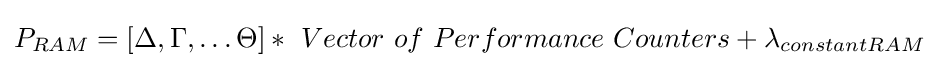
{{P}_{RAM}}=\left[{\text{ }}\!\!\Delta \!\!{\text{ }},{\text{ }}\!\!\Gamma \!\!{\text{ }},\ldots {\text{ }}\!\!\Theta \!\!{\text{ }}\right]*{\text{ }}Vector{\text{ }}of{\text{ }}Performance{\text{ }}Counters+{{\lambda }_{constantRAM}}